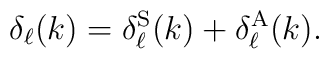
\delta_{\ell}(k) = \delta^{\rm S}_{\ell}(k) + \delta^{\rm A}_{\ell}(k).